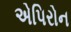
એપિરોન